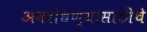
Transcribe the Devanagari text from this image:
अवरोधण्यासाठीचे